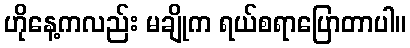
ဟိုနေ့ကလည်း မချိုက ရယ်စရာပြောတာပါ။